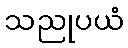
သညုပယံ